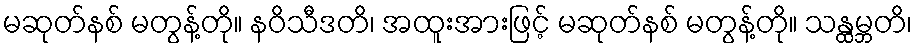
မဆုတ်နစ် မတွန့်တို။ နဝိသီဒတိ၊ အထူးအားဖြင့် မဆုတ်နစ် မတွန့်တို။ သန္ထမ္ဘတိ၊